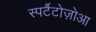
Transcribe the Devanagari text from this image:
स्पर्टैटोज़ोआ